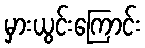
မှားယွင်းကြောင်း